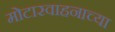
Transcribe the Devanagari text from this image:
मोटारवाहनाच्या